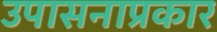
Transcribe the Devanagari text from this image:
उपासनाप्रकार